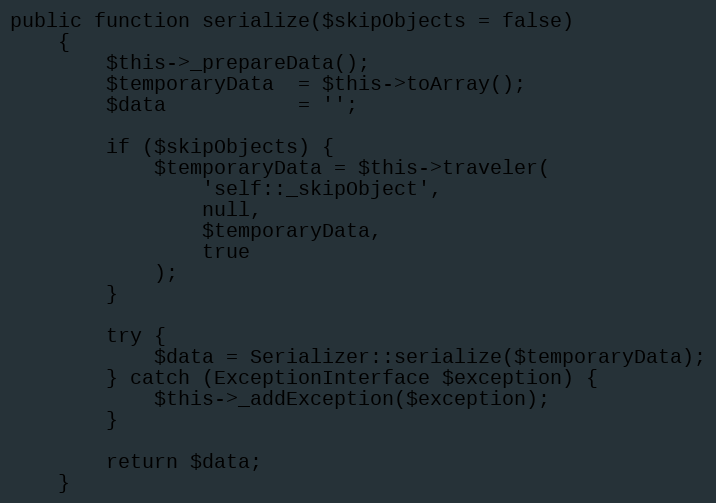
Language: PHP
public function serialize($skipObjects = false)
    {
        $this->_prepareData();
        $temporaryData  = $this->toArray();
        $data           = '';

        if ($skipObjects) {
            $temporaryData = $this->traveler(
                'self::_skipObject',
                null,
                $temporaryData,
                true
            );
        }

        try {
            $data = Serializer::serialize($temporaryData);
        } catch (ExceptionInterface $exception) {
            $this->_addException($exception);
        }

        return $data;
    }